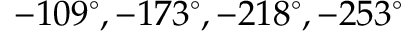
- 1 0 9 ^ { \circ } , - 1 7 3 ^ { \circ } , - 2 1 8 ^ { \circ } , - 2 5 3 ^ { \circ }